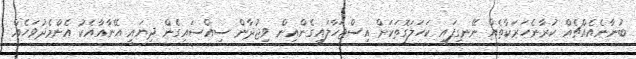
ބުނާނެއެއްޗެއް ކުރާނެހަރަކާތެއް ނޭނގިފައި ކަހަލަގޮތަކަށް އިސްޖަހާލައިގެންއިން ވިޖުދާން ސިއްސައިގެން ދިޔައީ އޭނާއާއެކު އެންމެދުވަހެއް